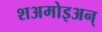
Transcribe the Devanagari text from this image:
शअमोइअन्